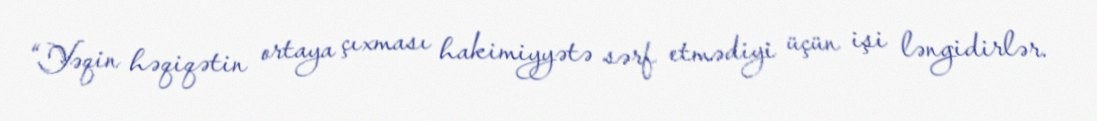
“Yəqin həqiqətin ortaya çıxması hakimiyyətə sərf etmədiyi üçün işi ləngidirlər.